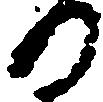
る